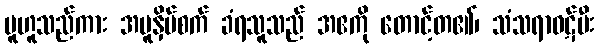
ပူဟူသည်ကား အပူနှိပ်စက် ခံရသူသည် အဧကို တောင့်တ၏၊ သံသရာဝဋ်မီး